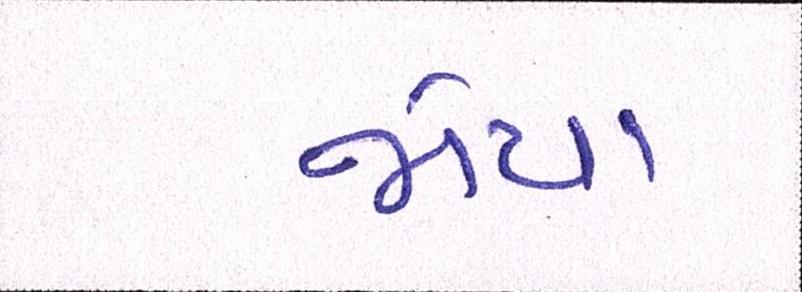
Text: જોયા